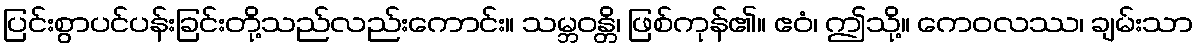
ပြင်းစွာပင်ပန်းခြင်းတို့သည်လည်းကောင်း။ သမ္ဘဝန္တိ၊ ဖြစ်ကုန်၏။ ဧဝံ၊ ဤသို့။ ကေဝလဿ၊ ချမ်းသာ